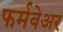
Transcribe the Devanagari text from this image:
फर्मवेअर